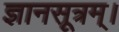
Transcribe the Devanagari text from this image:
ज्ञानसूत्रम्।